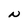
Character: N